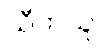
သီဟသူ